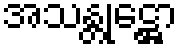
အသန္တုဋ္ဌော